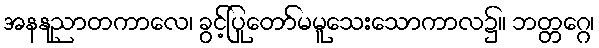
အနနုညာတကာလေ၊ ခွင့်ပြုတော်မမူသေးသောကာလ၌။ ဘတ္တဂ္ဂေ၊